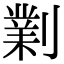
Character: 𠟪